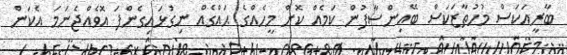
ބާރީއަކަސް މުހުތާޒަކަސް ބޭއިންސާފުން ކަމެއް ކޮށް މީހެއްގެ ޙައްގެއް ނިގުޅައިގެންފަ އޮވެއްޖެނަމަ އެކަން